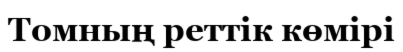
Томның реттік көмірі